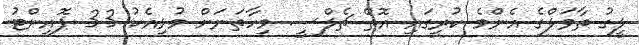
ލީގު ތާވަލްގެ އެންމެ ކުރީގައި އޮތް ޗެލްސީ މިހާތަނަށް މުޅިއެކު 33 ޕޮއިންޓު